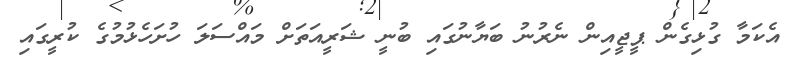
އެކަމާ ގުޅިގެން ޕީޖީއިން ނެރުނު ބަޔާނުގައި ބުނީ ޝަރީއަތަށް މައްސަލަ ހުށަހެޅުމުގެ ކުރީގައި